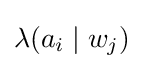
\textstyle \lambda (a_{i}\mid w_{j})